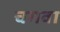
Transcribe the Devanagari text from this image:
चगवा